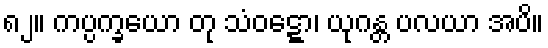
၈၂။ ကပ္ပက္ခယော တု သံဝဋ္ဋော၊ ယုဂန္တ ပလယာ အပိ။